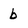
Character: b